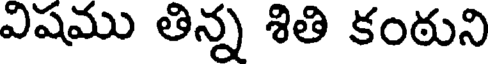
విషము తిన్న శితి కంఠుని